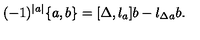
( - 1 ) ^ { | a | } \{ a , b \} = { [ \Delta , l _ { a } ] } b - l _ { \Delta a } b .